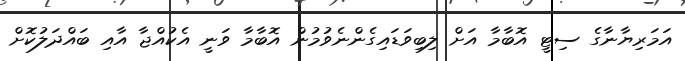
އަމަރިޔާނާގެ ސިޓީ އޮބާމާ އަށް ލިބިވަޑައިގެންނެވުމުން އޮބާމާ ވަނީ އެކުއްޖާ އާއި ބައްދަލުކޮށް